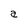
Character: a